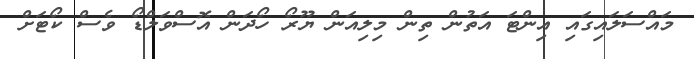
މައްސަލައިގައި އިންޓަ އަތުން ތިން މިލިއަން ޔޫރޯ ހޯދަން އޮސްވަލްޑޯ ވެސް ކޯޓަށް